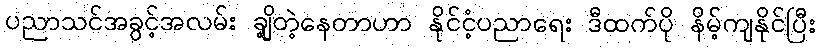
ပညာသင်အခွင့်အလမ်း ချို့တဲ့နေတာဟာ နိုင်ငံ့ပညာရေး ဒီထက်ပို နိမ့်ကျနိုင်ပြီး